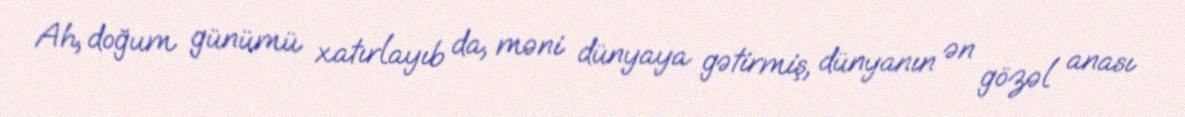
Ah, doğum günümü xatırlayıb da, məni dünyaya gətirmiş, dünyanın ən gözəl anası